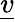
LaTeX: \underline{v}